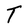
Character: T